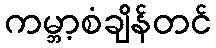
ကမ္ဘာ့စံချိန်တင်